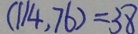
( 1 1 4 . 7 6 ) = 3 8